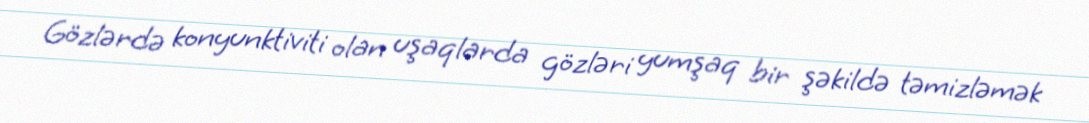
Gözlərdə konyunktiviti olan uşaqlarda gözləri yumşaq bir şəkildə təmizləmək